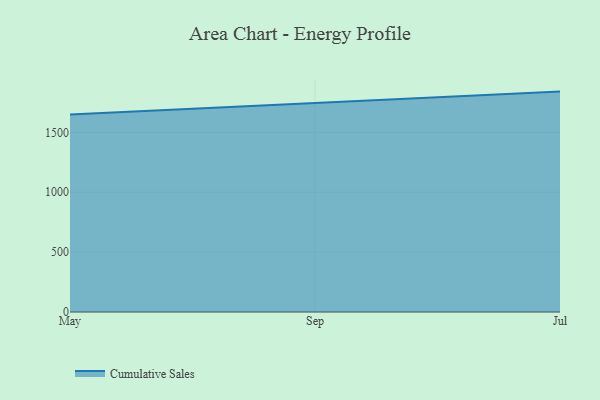
{"axis": {"x": "Month", "y": "Net Income (USD K)"}, "legend": ["Cumulative Sales"], "data": [{"x": "May", "y": 1649.0, "type": "Cumulative Sales"}, {"x": "Sep", "y": 1743.3, "type": "Cumulative Sales"}, {"x": "Jul", "y": 1840.4, "type": "Cumulative Sales"}]}